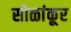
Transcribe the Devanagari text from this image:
सोळांकूर